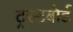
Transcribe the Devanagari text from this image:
ट्रस्टबोर्ड